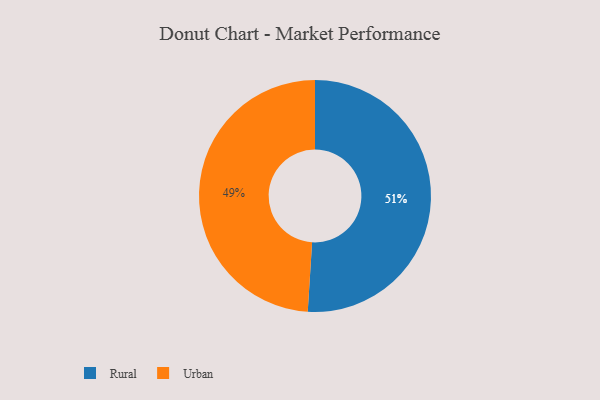
{"axis": {"x": "Category", "y": "Percentage"}, "legend": ["Rural", "Urban"], "data": [{"x": "Urban", "y": 49, "type": "Urban"}, {"x": "Rural", "y": 51, "type": "Rural"}]}